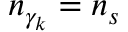
n _ { \gamma _ { k } } = n _ { s }